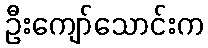
ဦးကျော်သောင်းက